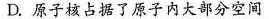
D.原子核占据了原子内大部分空间